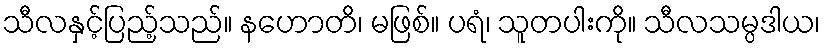
သီလနှင့်ပြည့်သည်။ နဟောတိ၊ မဖြစ်။ ပရံ၊ သူတပါးကို။ သီလသမ္ပဒါယ၊